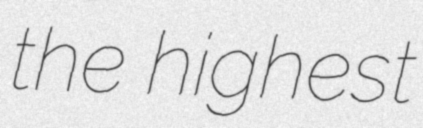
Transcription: the highest